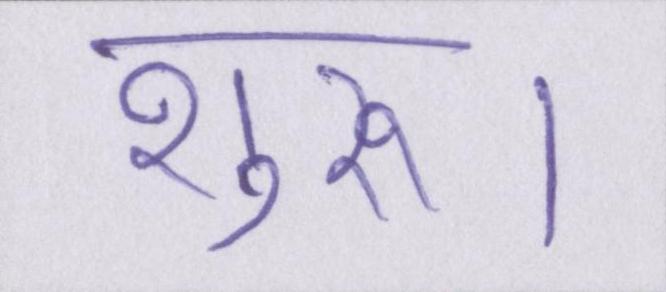
शुरू।